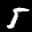
Label: 5